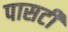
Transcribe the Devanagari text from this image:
पासटी